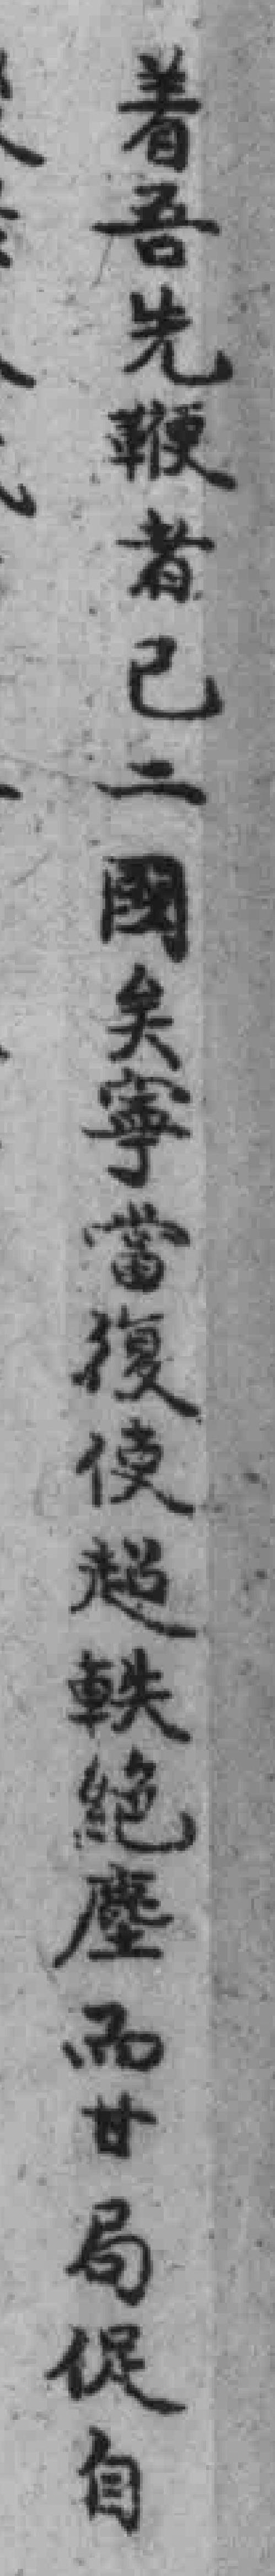
着吾先鞭者己二國矣寧當復使超軼绝塵而甘局促自